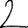
Digit: 2